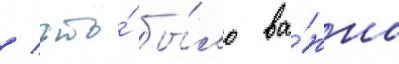
/ что́ бы́ло ва́жно